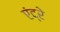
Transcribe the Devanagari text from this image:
एंद्रे